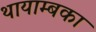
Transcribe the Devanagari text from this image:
थायाम्बका